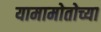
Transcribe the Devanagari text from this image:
यामामोतोच्या